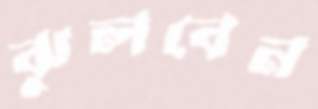
ঝুলবেন